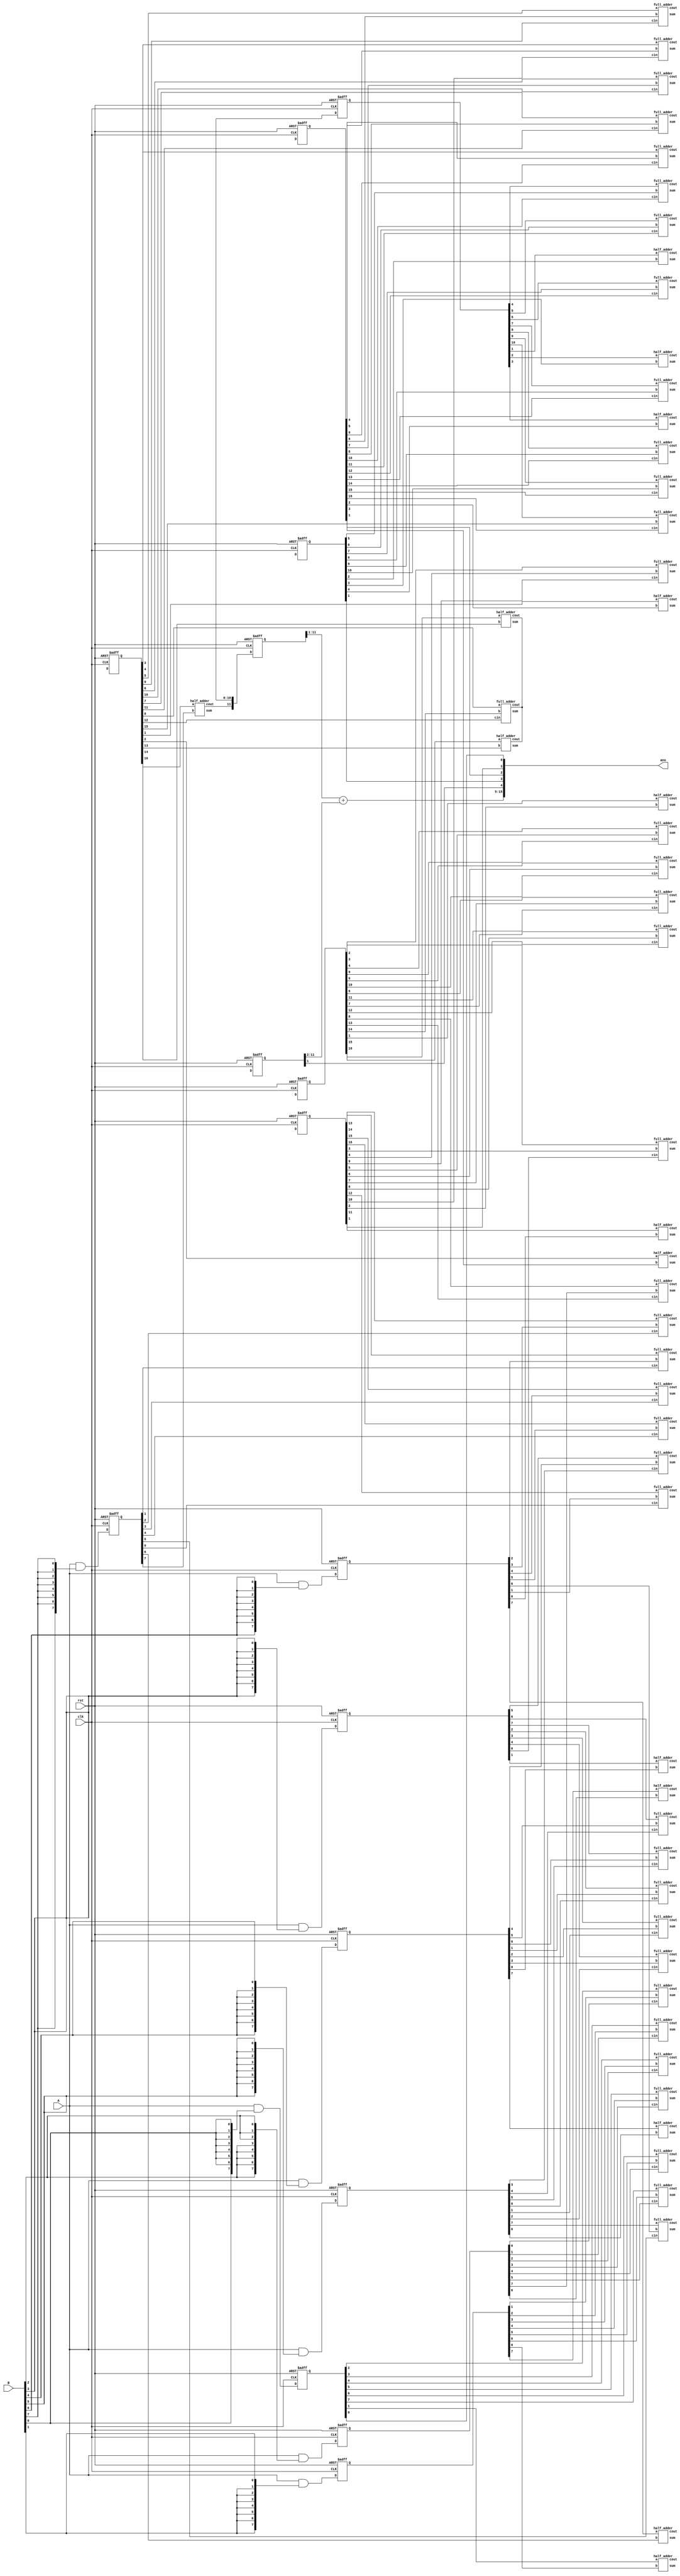
module wallace_multiplier(
    output [15:0] ans,
    input [7:0] A,B,
    input clk, rst
    );
    wire [7:0] p0,p1,p2,p3,p4,p5,p6,p7;
    reg [7:0] pr0,pr1,pr2,pr3,pr4,pr5,pr6,pr7;
    assign  p0 = A & {8{B[0]}};
    assign  p1 = A & {8{B[1]}};
    assign  p2 = A & {8{B[2]}};
    assign  p3 = A & {8{B[3]}};
    assign  p4 = A & {8{B[4]}};
    assign  p5 = A & {8{B[5]}};
    assign  p6 = A & {8{B[6]}};
    assign  p7 = A & {8{B[7]}};

    // layer 1
    wire [16:0] s1,c1;
    reg [16:0] sr1,cr1;

    half_adder h11(s1[1],c1[1],pr0[1],pr1[0]);
    full_adder f11(s1[2],c1[2],pr0[2],pr1[1],pr2[0]);
    full_adder f12(s1[3],c1[3],pr0[3],pr1[2],pr2[1]);
    full_adder f13(s1[4],c1[4],pr0[4],pr1[3],pr2[2]);
    full_adder f14(s1[5],c1[5],pr0[5],pr1[4],pr2[3]);
    full_adder f15(s1[6],c1[6],pr0[6],pr1[5],pr2[4]);
    full_adder f16(s1[7],c1[7],pr0[7],pr1[6],pr2[5]);
    half_adder h12(s1[8],c1[8],      pr1[7],pr2[6]);
    

    half_adder h13 (s1[9], c1[9], pr3[1],pr4[0]);
    full_adder f17 (s1[10],c1[10],pr3[2],pr4[1],pr5[0]);
    full_adder f18 (s1[11],c1[11],pr3[3],pr4[2],pr5[1]);
    full_adder f19 (s1[12],c1[12],pr3[4],pr4[3],pr5[2]);
    full_adder f110(s1[13],c1[13],pr3[5],pr4[4],pr5[3]);
    full_adder f111(s1[14],c1[14],pr3[6],pr4[5],pr5[4]);
    full_adder f112(s1[15],c1[15],pr3[7],pr4[6],pr5[5]);
    half_adder h14 (s1[16],c1[16],      pr4[7],pr5[6]);


    // layer 2
    
    wire [16:0] s2,c2;
    reg [16:0] sr2,cr2;

    half_adder h21(s2[1],c2[1],cr1[1],sr1[2]);
    full_adder f22(s2[2],c2[2],cr1[2],sr1[3],pr3[0]);
    full_adder f23(s2[3],c2[3],cr1[3],sr1[4],sr1[9]);
    full_adder f24(s2[4],c2[4],cr1[4],sr1[5],cr1[9]);
    full_adder f25(s2[5],c2[5],cr1[5],sr1[6],cr1[10]);
    full_adder f26(s2[6],c2[6],cr1[6],sr1[7],cr1[11]);
    full_adder f27(s2[7],c2[7],cr1[7],sr1[8],cr1[12]);
    full_adder f28(s2[8],c2[8],cr1[8],pr2[7],cr1[13]);

    half_adder h22 (s2[9],c2[9],sr1[11],pr6[0]);
    full_adder f29 (s2[10],c2[10],sr1[12],pr6[1],pr7[0]);
    full_adder f210(s2[11],c2[11],sr1[13],pr6[2],pr7[1]);
    full_adder f211(s2[12],c2[12],sr1[14],pr6[3],pr7[2]);
    full_adder f212(s2[13],c2[13],sr1[15],pr6[4],pr7[3]);
    full_adder f213(s2[14],c2[14],sr1[16],pr6[5],pr7[4]);
    full_adder f214(s2[15],c2[15],pr5[7],pr6[6],pr7[5]);
    half_adder h23 (s2[16],c2[16],      pr6[7],pr7[6]);


    // layer 3

    wire [10:0] s3,c3;
    reg [10:0] sr3,cr3;

    half_adder h31(s3[1],c3[1],cr2[1],sr2[2]);
    half_adder h32(s3[2],c3[2],cr2[2],sr2[3]);
    full_adder f31(s3[3],c3[3],cr2[3],sr2[4],sr1[10]);
    full_adder f32(s3[4],c3[4],cr2[4],sr2[5],sr2[9]);
    full_adder f33(s3[5],c3[5],cr2[5],sr2[6],cr2[9]);
    full_adder f34(s3[6],c3[6],cr2[6],sr2[7],cr2[10]);
    full_adder f35(s3[7],c3[7],cr2[7],sr2[8],cr2[11]);
    full_adder f36(s3[8],c3[8],cr2[8],cr1[14],cr2[12]);
    half_adder h33(s3[9],c3[8]     ,cr1[15],cr2[13]);
    half_adder h34(s3[10],c3[8]    ,cr1[16],cr2[14]);

    // layer 4
    wire [11:0] s4,c4;
    reg [11:0] sr4,cr4;

    half_adder h41(s4[1],c4[1],cr3[1],sr3[2]);
    half_adder h42(s4[2],c4[2],cr3[2],sr3[3]);
    half_adder h43(s4[3],c4[3],cr3[3],sr3[4]);
    full_adder f41(s4[4],c4[4],cr3[4],sr3[5],sr2[10]);
    full_adder f42(s4[5],c4[5],cr3[5],sr3[6],sr2[11]);
    full_adder f43(s4[6],c4[6],cr3[6],sr3[7],sr2[12]);
    full_adder f44(s4[7],c4[7],cr3[7],sr3[8],sr2[13]);
    full_adder f45(s4[8],c4[8],cr3[8],sr3[9],sr2[14]);
    full_adder f46(s4[9],c4[9],cr3[9],sr3[10],sr2[15]);
    full_adder f47(s4[10],c4[10],cr3[10],cr2[15],sr2[16]);
    half_adder h44(s4[11],c4[11]       ,cr2[16],pr7[7]);

    // addition layer and assessment

    assign ans[0] = pr0[0];
    assign ans[1] = sr1[1];
    assign ans[2] = sr2[1];
    assign ans[3] = sr3[1];
    assign ans[4] = sr4[1];
    assign ans[15:5] = {cr4[11:1]}+{1'b0,sr4[11:2]};


    always @(posedge clk, negedge rst) begin
        if (!rst) begin 
            pr0<=0;
            pr1<=0;
            pr2<=0;
            pr3<=0;
            pr4<=0;
            pr5<=0;
            pr6<=0;
            pr7<=0;
            sr1<=0;
            cr1<=0;
            sr2<=0;
            cr2<=0;
            sr3<=0;
            cr3<=0;
            sr4<=0;
            cr4<=0;
        end 
        else begin
            pr0<=p0;
            pr1<=p1;
            pr2<=p2;
            pr3<=p3;
            pr4<=p4;
            pr5<=p5;
            pr6<=p6;
            pr7<=p7;

            sr1<=s1;
            cr1<=c1;
            sr2<=s2;
            cr2<=c2;
            sr3<=s3;
            cr3<=c4;
            sr4<=s4;
            cr4<=c4;
        end
    end
endmodule


module half_adder (
    output sum,cout,
    input a,b
);
    xor x1(sum,a,b);
    and a1(cout,a,b);
endmodule


module full_adder (
    output sum,cout,
    input a,b,cin
);
    wire s1,c1,c2;
    half_adder h1(s1,c1,a,b);
    half_adder h2(sum,c2,s1,cin);
    or o1(c1,c2);
endmodule